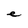
Character: e